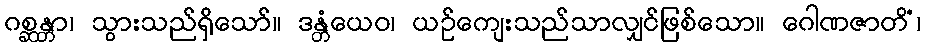
ဂစ္ဆန္တာ၊ သွားသည်ရှိသော်။ ဒန္တံယေဝ၊ ယဉ်ကျေးသည်သာလျှင်ဖြစ်သော။ ဂေါဏဇာတိံ၊